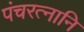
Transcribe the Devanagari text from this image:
पंचरत्नानि